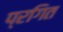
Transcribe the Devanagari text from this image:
प्रगित